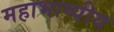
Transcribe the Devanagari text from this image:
महाभाष्यीय